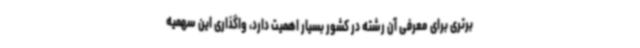
برتری برای معرفی آن رشته در کشور بسیار اهمیت دارد، واگذاری این سهمیه